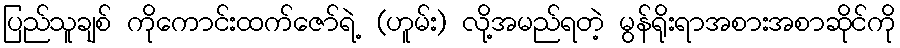
ပြည်သူချစ် ကိုကောင်းထက်ဇော်ရဲ့ (ဟူမ်း) လို့အမည်ရတဲ့ မွန်ရိုးရာအစားအစာဆိုင်ကို